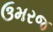
ઉમરજ